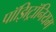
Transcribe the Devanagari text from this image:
पॉझिट्रॉनियम